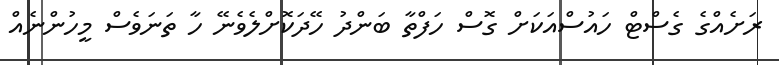
ރަށެއްގެ ގެސްޓް ހައުސްއަކަށް ގޮސް ހަފްތާ ބަންދު ހޭދަކޮށްލެވެނޭ ހާ ތަނަވެސް މީހުންނެއް